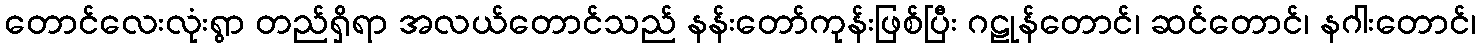
တောင်လေးလုံးရွာ တည်ရှိရာ အလယ်တောင်သည် နန်းတော်ကုန်းဖြစ်ပြီး ဂဠုန်တောင်၊ ဆင်တောင်၊ နဂါးတောင်၊